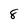
Character: 8